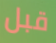
قبل